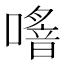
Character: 𠿌